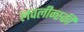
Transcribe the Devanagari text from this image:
लवलीन्स्की